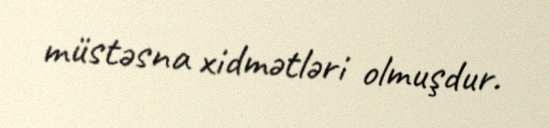
müstəsna xidmətləri olmuşdur.